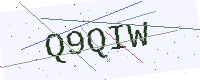
Text: Q9QIW